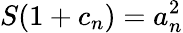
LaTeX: S(1+c_{n})=a_{n}^{2}